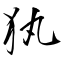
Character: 犱